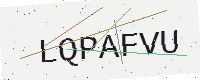
Text: LQPAFVU